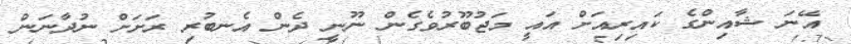
އޭނަ ޝާއިންގެ ކައިރިއަށް އައީ މަޖުބޫރުވެގެން ނޫނީ ދެން އެނބުރި ރަށަށް ނުދާނަން